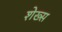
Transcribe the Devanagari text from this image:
शेख्स